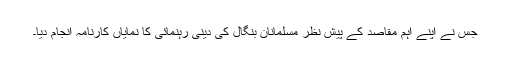
جس نے اپنے اہم مقاصد کے پیش نظر مسلمانانِ بنگال کی دینی رہنمائی کا نمایاں کارنامہ انجام دیا۔